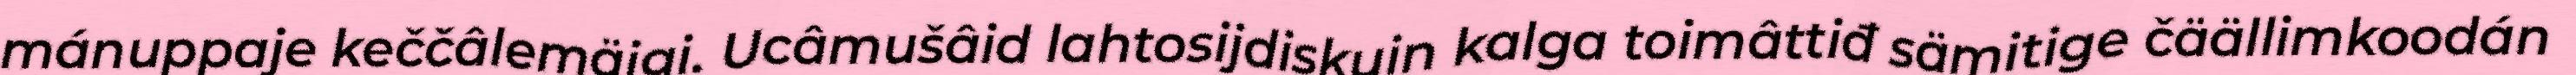
mánuppaje keččâlemäigi. Ucâmušâid lahtosijdiskuin kalga toimâttiđ sämitige čäällimkoodán